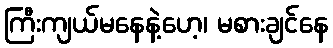
ကြီးကျယ်မနေနဲ့ဟေ့၊ မစားချင်နေ